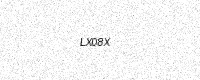
Text: LX08X